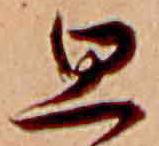
思